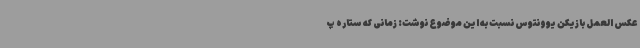
عکس العمل بازیکن یوونتوس نسبت به این موضوع نوشت: زمانی که ستاره پ